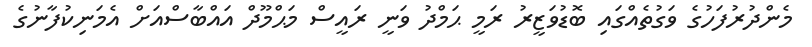
މެންދުރުފަހުގެ ވަގުތެއްގައި ބޮޑުވަޒީރު ރަމީ ޙަމްދު ވަނީ ރައީސް މަޙްމޫދް އައްބާސްއަށް އެމަނިކުފާނުގެ